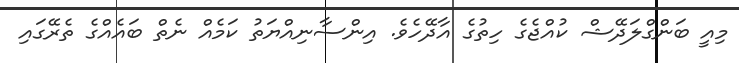
މިއީ ބަންގްލަދޭޝް ކުއްޖެގެ ހިތުގެ އާދޭހެވެ. އިންސާނިއްޔަތު ކަމެއް ނެތް ބައެއްގެ ތެރޭގައި